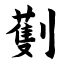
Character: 劐